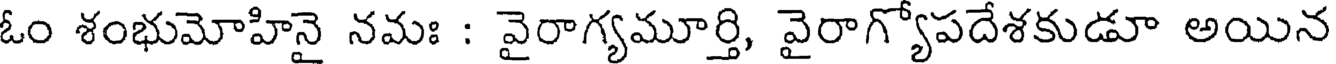
ఓం శంభుమోహినై నమః : వైరాగ్యమూర్తి, వైరాగ్యోపదేశకుడూ అయిన